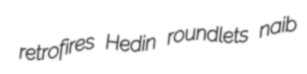
retrofires Hedin roundlets naib